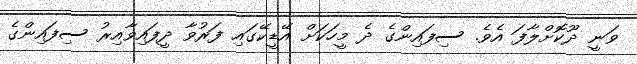
ވަނީ ދޫކޮށްލާފަ އެވެ. ސިފައިންގެ ދެ މީހަކަށް އޭޑީކޭގައި ފަރުވާ ދީފައިވާއިރު ސިފައިންގެ